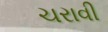
ચરાવી